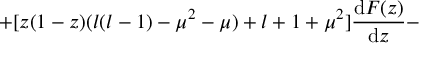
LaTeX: + [ z ( 1 - z ) ( l ( l - 1 ) - \mu ^ { 2 } - \mu ) + l + 1 + \mu ^ { 2 } ] \frac { \mathrm { d } F ( z ) } { \mathrm { d } z } -